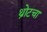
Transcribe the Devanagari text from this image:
थ्रोटचा